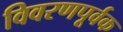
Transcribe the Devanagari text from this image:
विवरणपूर्वक